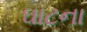
ઘાટના